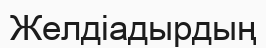
Желдіадырдың